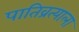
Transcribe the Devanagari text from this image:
पातिव्रत्याला